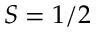
S = 1 / 2